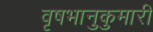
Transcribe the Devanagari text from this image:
वृषभानुकुमारी